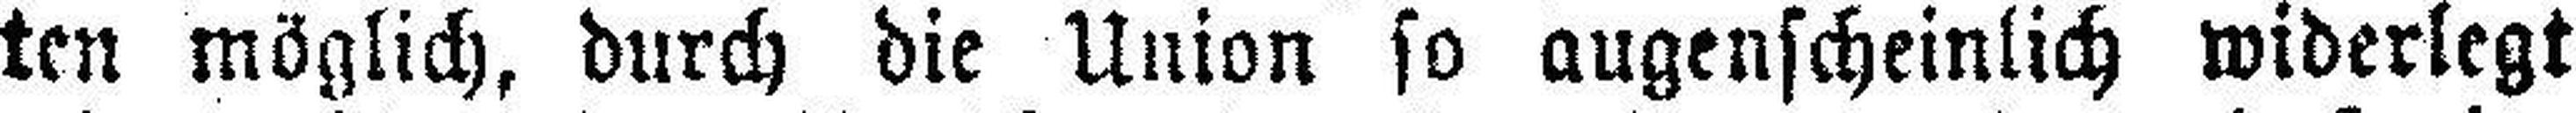
ten möglich, durch die Union so augenscheinlich widerlegt